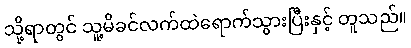
သို့ရာတွင် သူ့မိခင်လက်ထဲရောက်သွားပြီးနှင့် တူသည်။